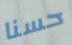
حسنا